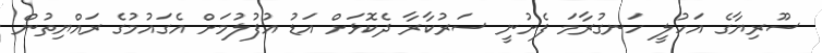
ސޫރިޔާގެ އަހުލީ ހަނގުރާމަ ފެށުނީ ސަރުކާރާ ދެކޮޅަށް އަޑު އުފުލުމަށް އެގައުމުގެ ރައްޔިތުން